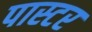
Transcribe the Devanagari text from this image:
पास्‍टर